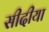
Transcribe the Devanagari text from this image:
सीदीया